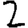
Digit: 2